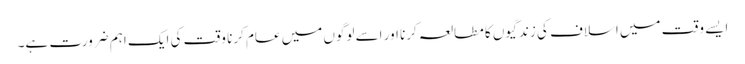
ایسے وقت میں اسلاف کی زندگیوں کا مطالعہ کرنا اور اسے لوگوں میں عام کرنا وقت کی ایک اہم ضرورت ہے۔